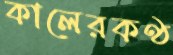
কালেরকণ্ঠ